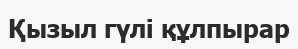
Қызыл гүлі құлпырар